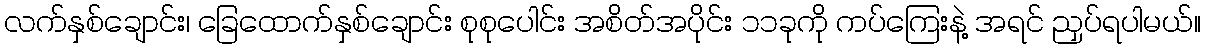
လက်နှစ်ချောင်း၊ ခြေထောက်နှစ်ချောင်း စုစုပေါင်း အစိတ်အပိုင်း ၁၁ခုကို ကပ်ကြေးနဲ့ အရင် ညှပ်ရပါမယ်။